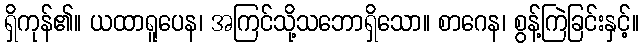
ရှိကုန်၏။ ယထာရူပေန၊ အကြင်သို့သဘောရှိသော။ စာဂေန၊ စွန့်ကြဲခြင်းနှင့်။